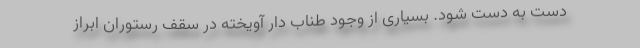
دست به دست شود. بسیاری از وجود طناب دار آویخته در سقف رستوران ابراز